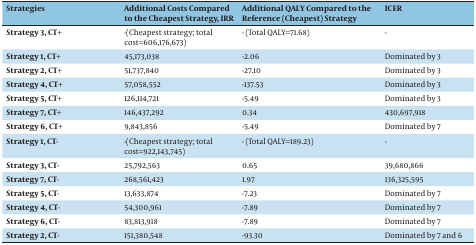
<table><thead><tr><td><b>Strategies</b></td><td><b>Additional Costs Compared to the Cheapest Strategy, IRR </b></td><td><b>Additional QALY Compared to the Reference (Cheapest) Strategy</b></td><td><b>ICER</b></td></tr></thead><tbody><tr><td>Strategy 3, CT+</td><td>-(Cheapest strategy; total cost=606,176,673)</td><td>- (Total QALY=71.68)</td><td>-</td></tr><tr><td>Strategy 1, CT+</td><td>45,173,038</td><td>-2.06</td><td>Dominated by 3</td></tr><tr><td>Strategy 2, CT+</td><td>51,737,840</td><td>-27.10</td><td>Dominated by 3</td></tr><tr><td>Strategy 4, CT+</td><td>57,058,552</td><td>-137.53</td><td>Dominated by 3</td></tr><tr><td>Strategy 5, CT+</td><td>126,114,721</td><td>-5.49</td><td>Dominated by 3</td></tr><tr><td>Strategy 7, CT+</td><td>146,437,292</td><td>0.34</td><td>430,697,918</td></tr><tr><td>Strategy 6, CT+</td><td>9,843,856</td><td>-5.49</td><td>Dominated by 7</td></tr><tr><td>Strategy 1, CT-</td><td>-(Cheapest strategy; total cost=922,143,745)</td><td>- (Total QALY=189.23)</td><td>-</td></tr><tr><td>Strategy 3, CT-</td><td>25,792,563</td><td>0.65</td><td>39,680,866</td></tr><tr><td>Strategy 7, CT-</td><td>268,561,423</td><td>1.97</td><td>136,325,595</td></tr><tr><td>Strategy 5, CT-</td><td>13,633,874</td><td>-7.23</td><td>Dominated by 7</td></tr><tr><td>Strategy 4, CT-</td><td>54,300,961</td><td>-7.89</td><td>Dominated by 7</td></tr><tr><td>Strategy 6, CT-</td><td>83,813,918</td><td>-7.89</td><td>Dominated by 7</td></tr><tr><td>Strategy 2, CT-</td><td>151,380,548</td><td>-93.30</td><td>Dominated by 7 and 6</td></tr></tbody></table>